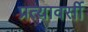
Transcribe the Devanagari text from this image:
प्रत्यावर्सी